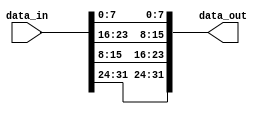
module ad_perfect_shuffle #(
  parameter NUM_GROUPS = 2,
  parameter WORDS_PER_GROUP = 2,
  parameter WORD_WIDTH = 8
) (
  input [NUM_GROUPS*WORDS_PER_GROUP*WORD_WIDTH-1:0] data_in,
  output [NUM_GROUPS*WORDS_PER_GROUP*WORD_WIDTH-1:0] data_out
);
 /*
  * Performs the perfect shuffle operation.
  *
  * The perfect shuffle splits the input vector into NUM_GROUPS groups and then
  * each group in WORDS_PER_GROUP. The output vector consists of WORDS_PER_GROUP
  * groups and each group has NUM_GROUPS words. The data is remapped, so that
  * the i-th word of the j-th word in the output vector is the j-th word of the
  * i-th group of the input vector.

  * The inverse operation of the perfect shuffle is the perfect shuffle with
  * both parameters swapped.
  * I.e. [perfect_suffle B A [perfect_shuffle A B data]] == data
  *
  * Examples:
  *   NUM_GROUPS = 2, WORDS_PER_GROUP = 4
  *     [A B C D a b c d] => [A a B b C c D d]
  *   NUM_GROUPS = 4, WORDS_PER_GROUP = 2
  *     [A a B b C c D d] => [A B C D a b c d]
  *   NUM_GROUPS = 3, WORDS_PER_GROUP = 2
  *     [A B a b 1 2] => [A a 1 B b 2]
  */
  generate
    genvar i;
    genvar j;
    for (i = 0; i < NUM_GROUPS; i = i + 1) begin: shuffle_outer
      for (j = 0; j < WORDS_PER_GROUP; j = j + 1) begin: shuffle_inner
        localparam src_lsb = (j + i * WORDS_PER_GROUP) * WORD_WIDTH;
        localparam dst_lsb = (i + j * NUM_GROUPS) * WORD_WIDTH;

        assign data_out[dst_lsb+:WORD_WIDTH] = data_in[src_lsb+:WORD_WIDTH];
      end
    end
  endgenerate

endmodule